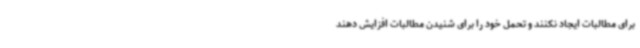
برای مطالبات ایجاد نکنند و تحمل خود را برای شنیدن مطالبات افزایش دهند